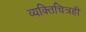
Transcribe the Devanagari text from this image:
व्यक्तिचित्रही